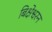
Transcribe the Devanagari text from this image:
बिक्षेश्वरन